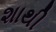
શાથી